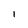
Character: I